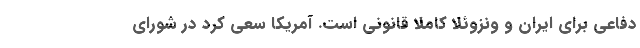
دفاعی برای ایران و ونزوئلا کاملا قانونی است. آمریکا سعی کرد در شورای